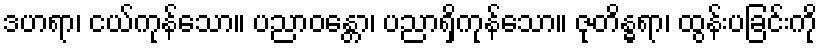
ဒဟရာ၊ ငယ်ကုန်သော။ ပညာဝန္တော၊ ပညာရှိကုန်သော။ ဇုတိန္ဓရာ၊ ထွန်းပခြင်းကို